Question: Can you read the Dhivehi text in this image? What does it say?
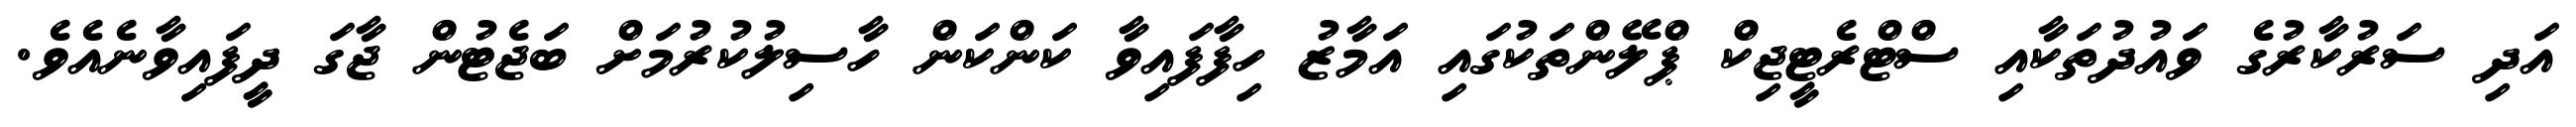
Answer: އަދި ސަރުކާރުގެ ވައުދުތަކާއި ސްޓްރެޓީޖިކް ޕްލޭންތަކުގައި އަމާޒު ހިފާފައިވާ ކަންކަން ހާސިލުކުރުމަށް ބަޖެޓުން ޖާގަ ދީފައިވާނެއެވެ.